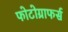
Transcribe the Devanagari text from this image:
फोटोग्राफर्स